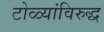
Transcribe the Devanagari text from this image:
टोळ्यांविरुद्ध